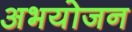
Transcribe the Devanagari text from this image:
अभयोजन